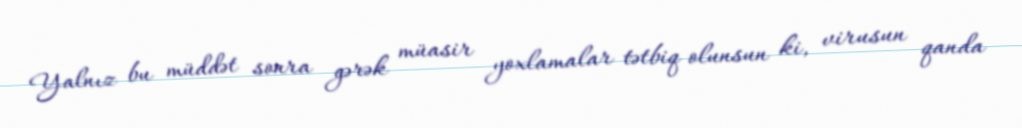
Yalnız bu müddət sonra gərək müasir yoxlamalar tətbiq olunsun ki, virusun qanda